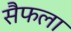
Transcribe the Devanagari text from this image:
सैफला